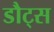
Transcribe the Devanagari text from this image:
डौट्स